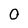
Character: 0